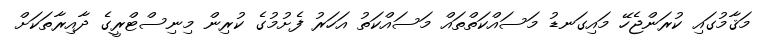
މަޤާމުގައި ކުރަންޖެހޭ މައިގަނޑު މަސައްކަތްތައް މަސައްކަތު އަހަރު ފެށުމުގެ ކުރިން މިނިސްޓްރީގެ ދާއިރާތަކަށް